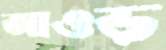
আওড়